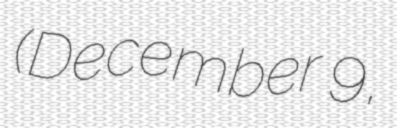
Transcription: (December 9,